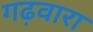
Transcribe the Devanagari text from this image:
गढ़वारा